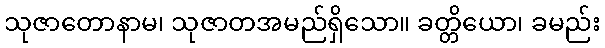
သုဇာတောနာမ၊ သုဇာတအမည်ရှိသော။ ခတ္တိယော၊ ခမည်း